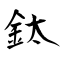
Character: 鈦